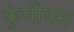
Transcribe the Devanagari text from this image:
कुंचीयन